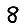
Digit: 8